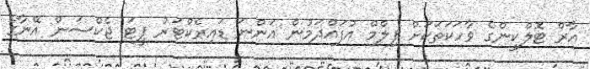
އާރް ޓޮލްކީންގެ ވާހަކަތަކަށް ފިލްމް އުފައްދަމުން އަންނަ ޑައިރެކްޓަރު ޕީޓަ ޖެކްސަން އޭނާގެ